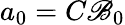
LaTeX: a_{0}=C\mathscr{B}_{0}